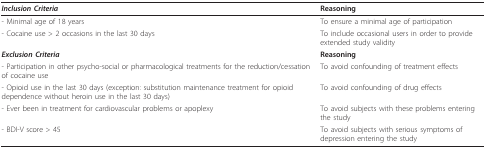
| Inclusion Criteria | Reasoning |
 | --- | --- |
 | - Minimal age of 18 years | To ensure a minimal age of participation |
 | - Cocaine use > 2 occasions in the last 30 days | To include occasional users in order to provide extended study validity |
 | Exclusion Criteria | Reasoning |
 | - Participation in other psycho-social or pharmacological treatments for the reduction/cessation of cocaine use | To avoid confounding of treatment effects |
 | - Opioid use in the last 30 days (exception: substitution maintenance treatment for opioid dependence without heroin use in the last 30 days) | To avoid confounding of drug effects |
 | - Ever been in treatment for cardiovascular problems or apoplexy | To avoid subjects with these problems entering the study |
 | - BDI-V score > 45 | To avoid subjects with serious symptoms of depression entering the study |